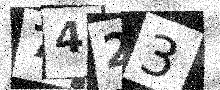
Text: 7423